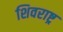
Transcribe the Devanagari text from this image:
शिवराष्ट्र